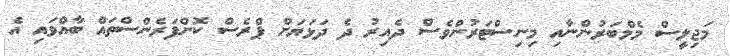
މަޖިލީސް މެމްބަރުންނާއި މިނިސްޓަރުންވެސް ދެއިރު ދެ ދަޅަޔަށް ޕްރެސް ކޮންފަރެންސްތައް ބާއްވައި އެ